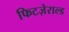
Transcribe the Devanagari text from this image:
फिटज़ेराल्ड